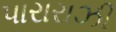
પારારાઝી